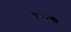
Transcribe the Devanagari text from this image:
५००ची